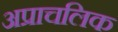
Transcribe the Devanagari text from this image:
अप्राचलिक